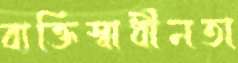
ব্যক্তিস্বাধীনতা